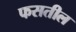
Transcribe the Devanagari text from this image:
फसतील